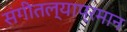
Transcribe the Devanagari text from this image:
संगीतल्याप्रमान